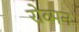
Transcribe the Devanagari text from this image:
रोव्मन